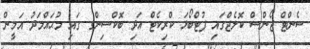
ސެންޓް ޖޯންސް ކޮލެޖްގައި ފުޓްބޯޅަ ކްރިކެޓް އަދި ބޮކްސިންގ ގައި މުޙައްމަދު އަމީން